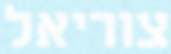
צוריאל